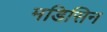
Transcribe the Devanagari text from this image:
मडिसिन